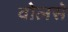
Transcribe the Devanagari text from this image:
वोलसे